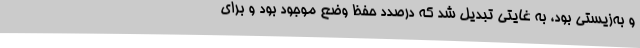
و به‌زیستی بود، به غایتی تبدیل شد که درصدد حفظ وضع موجود بود و برای